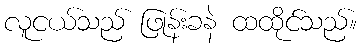
လူငယ်သည် ဖြုန်းခနဲ ထထိုင်သည်။